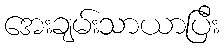
အေးချမ်းသာယာပြီး